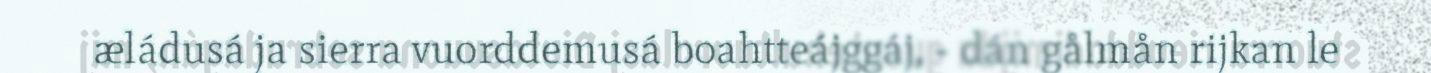
æládusá ja sierra vuorddemusá boahtteájggáj, - dán gålmån rijkan le